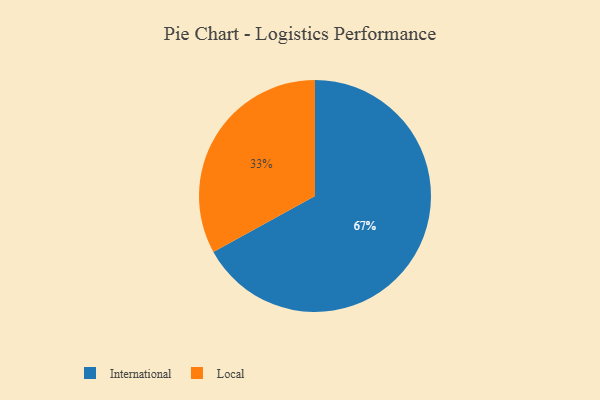
{"axis": {"x": "Category", "y": "Percentage"}, "legend": ["International", "Local"], "data": [{"x": "Local", "y": 33, "type": "Local"}, {"x": "International", "y": 67, "type": "International"}]}